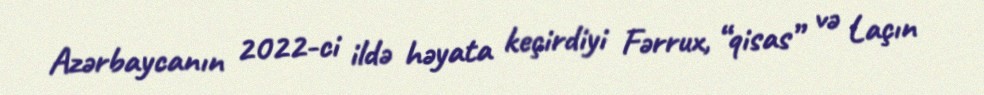
Azərbaycanın 2022-ci ildə həyata keçirdiyi Fərrux, “qisas” və Laçın